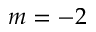
m = - 2